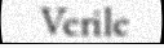
Verile